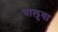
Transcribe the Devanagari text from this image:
बालुवा